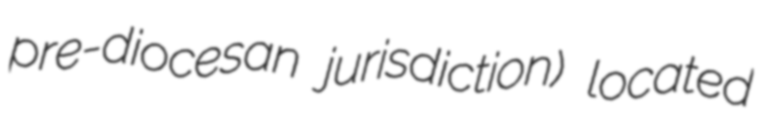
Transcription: pre-diocesan jurisdiction) located